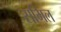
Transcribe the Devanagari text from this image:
समिल